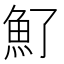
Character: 𩵌